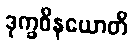
ဒုက္ခဝိနယောတိ